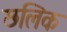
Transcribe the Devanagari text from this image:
छलिक